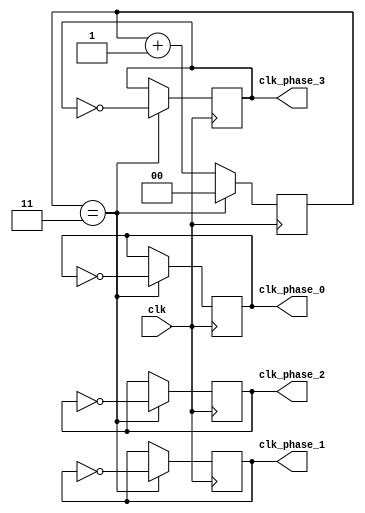
module multi_phase_clock_divider (
    input wire clk, // input clock signal
    output wire clk_phase_0, // phase 0 clock signal
    output wire clk_phase_1, // phase 1 clock signal
    output wire clk_phase_2, // phase 2 clock signal
    output wire clk_phase_3 // phase 3 clock signal
);

reg [1:0] count;

always @(posedge clk) begin
    if (count == 2'b11) begin
        count <= 2'b00;
        clk_phase_0 <= ~clk_phase_0;
        clk_phase_1 <= ~clk_phase_1;
        clk_phase_2 <= ~clk_phase_2;
        clk_phase_3 <= ~clk_phase_3;
    end else begin
        count <= count + 1;
    end
end

endmodule